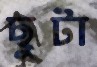
ছুটা